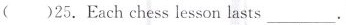
( )25. Each chess lesson lasts ___.